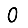
Digit: 0